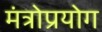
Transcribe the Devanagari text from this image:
मंत्रोप्रयोग